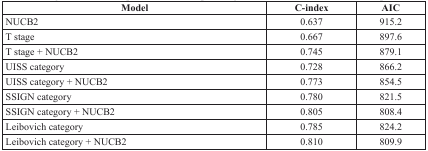
<table><thead><tr><td><b>Model</b></td><td><b>C-index</b></td><td><b>AIC</b></td></tr></thead><tbody><tr><td>NUCB2</td><td>0.637</td><td>915.2</td></tr><tr><td>T stage</td><td>0.667</td><td>897.6</td></tr><tr><td>T stage + NUCB2</td><td>0.745</td><td>879.1</td></tr><tr><td>UISS category</td><td>0.728</td><td>866.2</td></tr><tr><td>UISS category + NUCB2</td><td>0.773</td><td>854.5</td></tr><tr><td>SSIGN category</td><td>0.780</td><td>821.5</td></tr><tr><td>SSIGN category + NUCB2</td><td>0.805</td><td>808.4</td></tr><tr><td>Leibovich category</td><td>0.785</td><td>824.2</td></tr><tr><td>Leibovich category + NUCB2</td><td>0.810</td><td>809.9</td></tr></tbody></table>